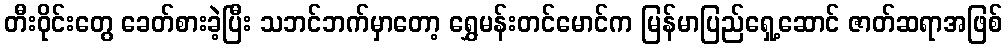
တီးဝိုင်းတွေ ခေတ်စားခဲ့ပြီး သဘင်ဘက်မှာတော့ ရွှေမန်းတင်မောင်က မြန်မာပြည်ရှေ့ဆောင် ဇာတ်ဆရာအဖြစ်